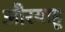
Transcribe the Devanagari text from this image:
औरयाहू